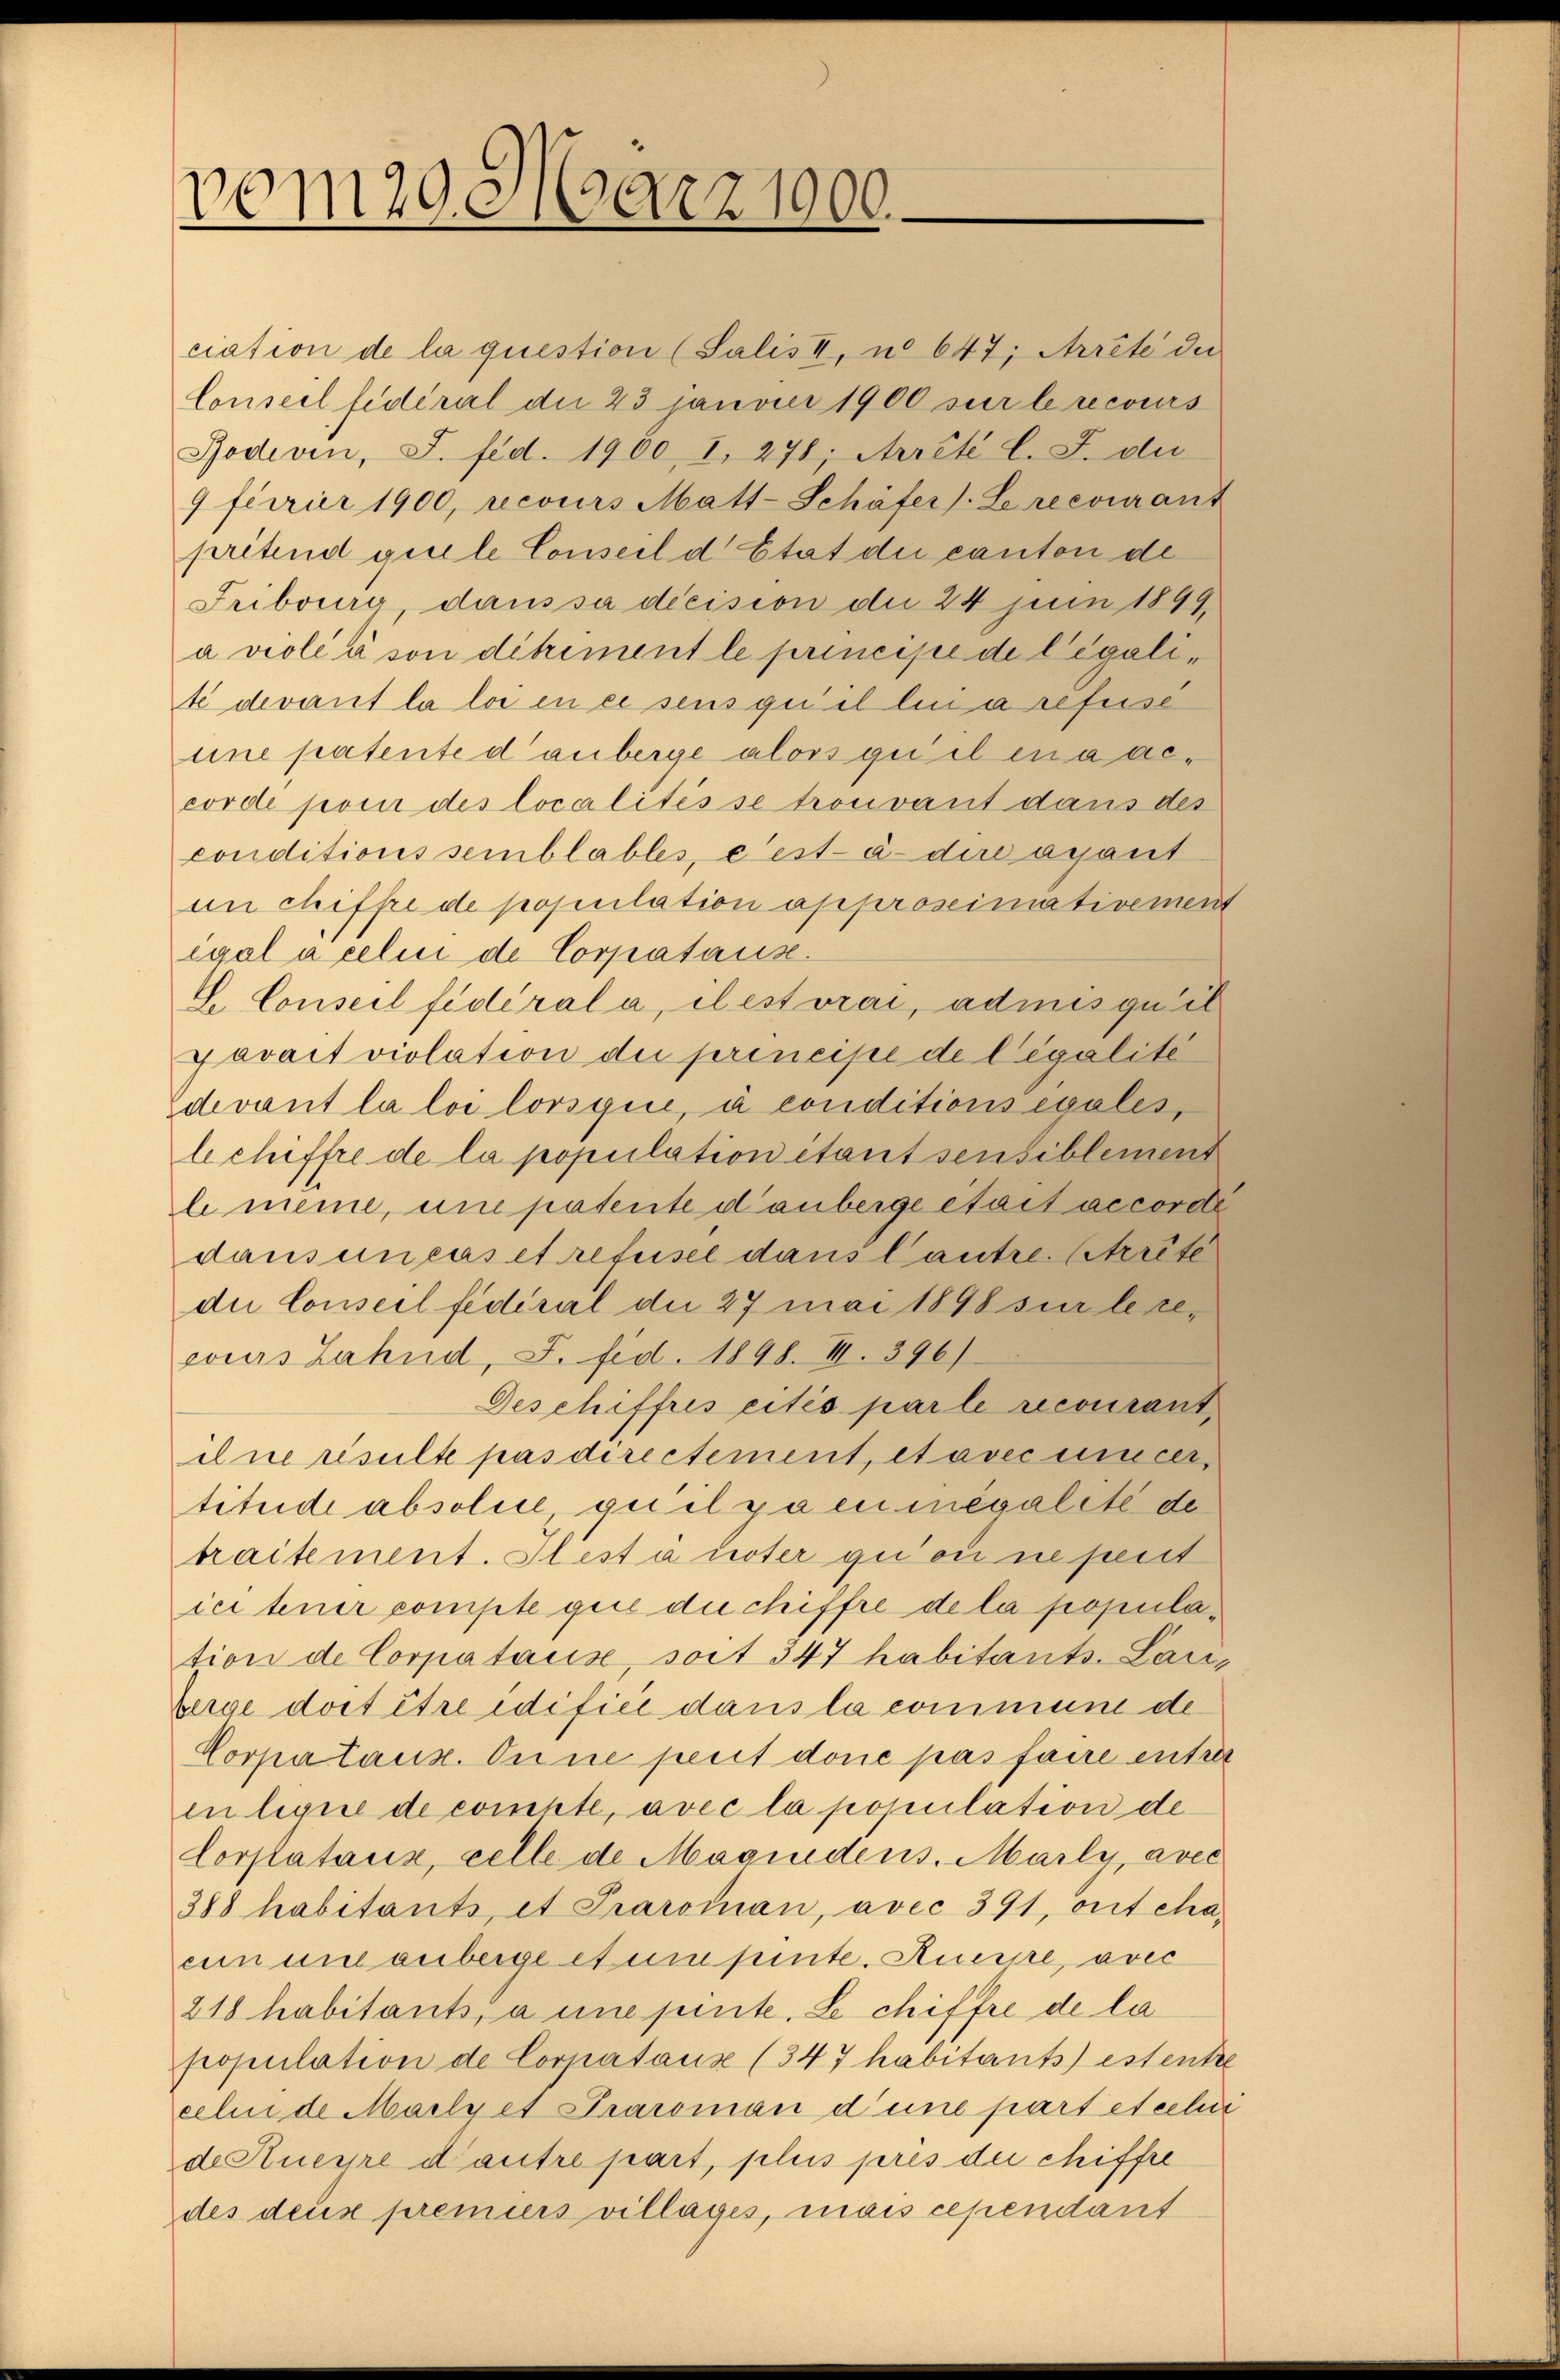
vom 29 März 1900

devant la loi lorsgice, à conditions égales,
le chiffre de la population étant sensiblement
le meine, une patente danberge était accorde
dans un cas et refusel dans Cautre. Atrrête
die Conseil fédéral die 27 mai 1898 sur le recours Zahnd, S. fed. 1898. III. 396)
Deschiffres cités par le recourant
ilne resulte pas directement, et avec uincer,
titude absolue, qui il paeumégalete de
traitement. Stest a unter qu’on ne penit
ici tener compte quie du chiffre de la population de Corpatause, soit 347 habitants. Lauberge doit être edifici dans la commune de
Corpatanz. Eine perit done pas faire entra
in lique de compte, avec la population de
Corpataux, celle de Magindens. Marty, avec
388 habitants, et Praroman, avec 391, ont cha-
eun um anberge et um sinte. Aucrpe, avec
218 habitants, à une pente. Le chiffre de la
population de Corpataux (347 habitants) estentre
celui de Mailyet Praroman dene part etcchir
de Auerre d’autre part, plus pris der chiffre
des deux premiers villages, mais cependant

ciation de la question (Salis II, u. 647, Arrete die
Conseil fédéral die 23 janvier 1900 sur le recours
Rodivin, J. fed. 1900, 1, 278; Arrête l. J. du
9 ferrier 1900, recours Matt-Schäfer). Le recourant
pritend guele Conseil d’Etat die canton de
Fribourg, dans sa decision die 24 jun 1899
a violé à son ditriment le principe de legalite devant la loi en ce sens qu’il lui a refuse
eine patente danberge alors qui il en a accordé pour des localités se trouvant dans des
conditions semblables, c’est-à-dire agant
an chiffe de population approseimativement
égal à celui de Corpatause
L. Conseil fédéral a, il est vrai, admis qu’il
Javait violation die principe de légalité